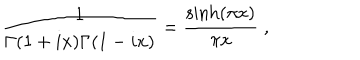
{ \frac { 1 } { \Gamma ( 1 + i x ) \Gamma ( 1 - i x ) } } = { \frac { \sinh ( \pi x ) } { \pi x } } \; ,